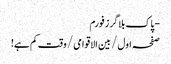
- پاک بلاگرز فورم
صفحہ اول / بین الاقوامی / وقت کم ہے!